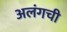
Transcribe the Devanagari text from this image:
अलंगची